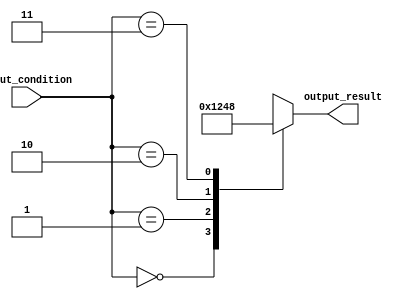
module generate_case(
    input [1:0] input_condition,
    output reg [3:0] output_result
    );
    
    always @(*)
    begin
        case(input_condition)
            2'b00: output_result = 4'b0001; //Case when input_condition is 00
            2'b01: output_result = 4'b0010; //Case when input_condition is 01
            2'b10: output_result = 4'b0100; //Case when input_condition is 10
            2'b11: output_result = 4'b1000; //Case when input_condition is 11
            default: output_result = 4'b0000; //Default case
        endcase
    end
endmodule